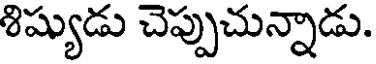
శిష్యుడు చెప్పుచున్నాడు.